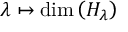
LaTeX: \lambda \mapsto \dim \left( H _ { \lambda } \right)